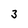
Character: 3